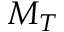
M _ { T }